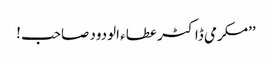
’’مکرمی ڈاکٹر عطاء الودود صاحب !